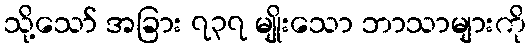
သို့သော် အခြား ၇၃၇ မျိုးသော ဘာသာများကို